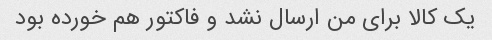
یک کالا برای من ارسال نشد و فاکتور هم خورده بود